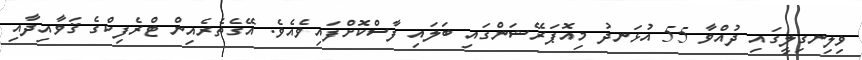
ވިލިނގިލީގައި ދުއްވާ 55 އުޅަނދު މިއޮޕަރޭޝަންގައި ބަލައި ފާސްކޮށްފައިވެއެވެ. އޭގެތެރެއިން ޓްރެފިކްގެ ޤަވާއިދާއި